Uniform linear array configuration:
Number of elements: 8
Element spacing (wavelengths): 0.25
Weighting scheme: hamming
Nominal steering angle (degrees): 0
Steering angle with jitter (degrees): -0.6154
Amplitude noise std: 0.05
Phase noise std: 0.05

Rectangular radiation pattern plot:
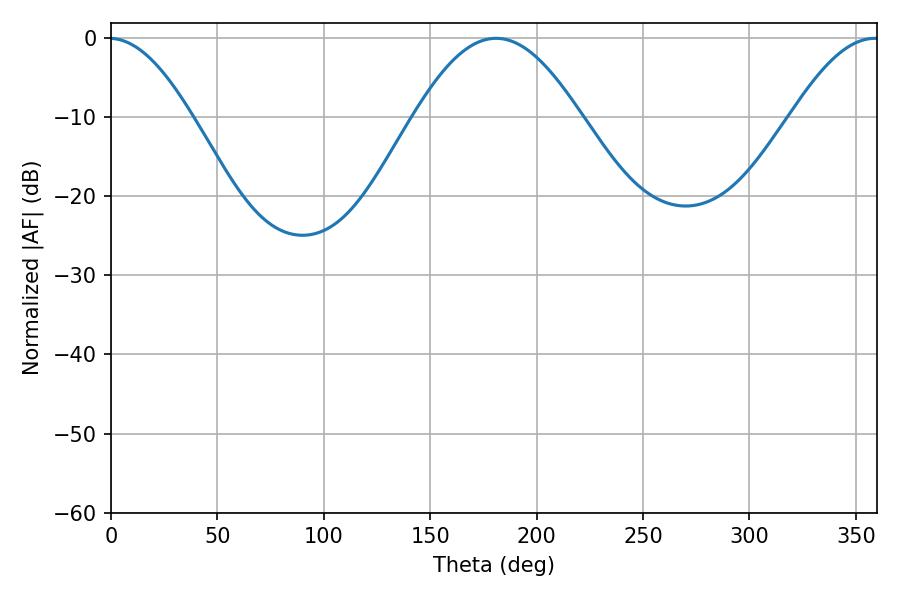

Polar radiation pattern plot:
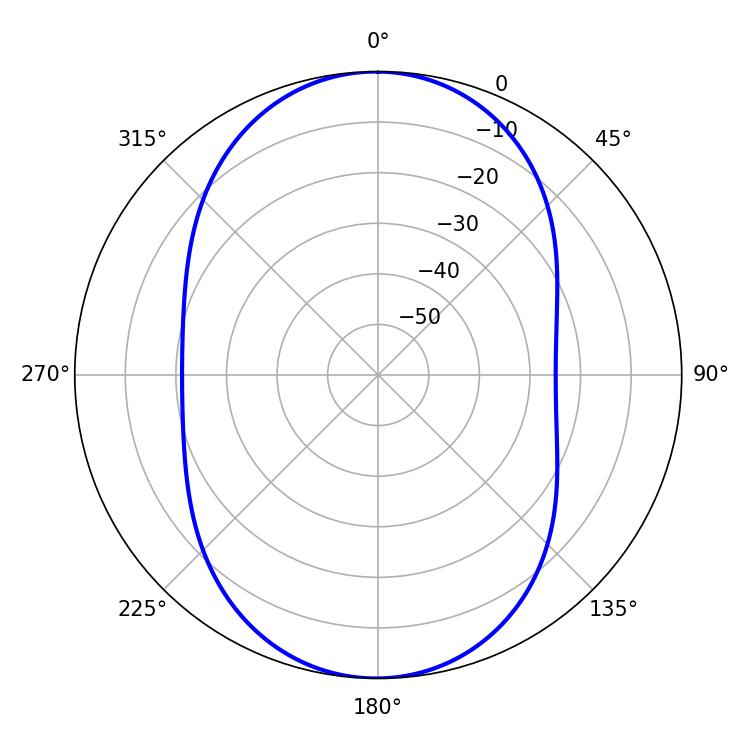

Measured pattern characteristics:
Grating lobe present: FALSE
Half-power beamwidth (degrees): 42.3
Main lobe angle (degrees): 180.9